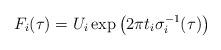
LaTeX: \begin{align*}F_{i}(\tau) = U_{i}\exp \left(2\pi t_{i}\sigma^{-1}_{i}(\tau)\right)\end{align*}